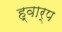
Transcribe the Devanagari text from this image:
ह्वार्प